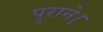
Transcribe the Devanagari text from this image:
पुराने।